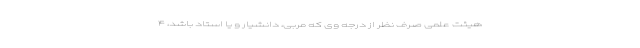
هیئت علمی صرف نظر از درجه وی که مربی، دانشیار و یا استاد باشد، ۴